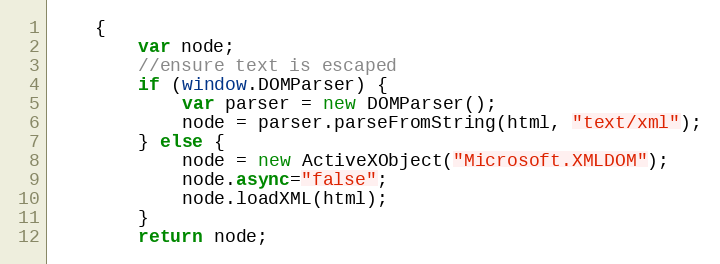
Language: JavaScript
    {
        var node;
        //ensure text is escaped
        if (window.DOMParser) {
            var parser = new DOMParser();
            node = parser.parseFromString(html, "text/xml");
        } else {
            node = new ActiveXObject("Microsoft.XMLDOM");
            node.async="false";
            node.loadXML(html);
        }
        return node;